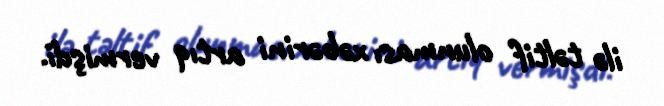
ilə təltif olunması xəbərini artıq vermişdi.